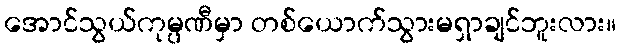
အောင်သွယ်ကုမ္ပဏီမှာ တစ်ယောက်သွားမရှာချင်ဘူးလား။